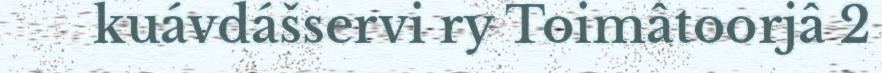
kuávdášservi ry Toimâtoorjâ 2